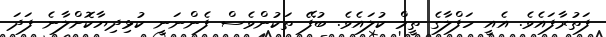
ފަތުރާފައެވެ. އެއީ ހަފްލާގެ ތީމް ކުލައެވެ. ބުފޭ ތަކުންވެސް ފެންނަނީ ކުޅިދިޔާކޮށްލާނެ ފަދަ